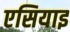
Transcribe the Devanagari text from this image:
एसियाइ